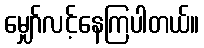
မျှော်လင့်နေကြပါတယ်။